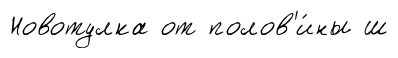
Новотулка от полов'и́ны ш